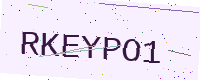
Text: RKEYPO1